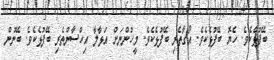
ބޭފުޅެކެވެ. ހެޔޮ ބޭފުޅެކެވެ. އޯގާތެރި ބޭފުޅެކެވެ. މީހުންނަށް އަޅާލާ އިހްސާންތެރި ބޭފުޅެކެވެ. ބޭނުން